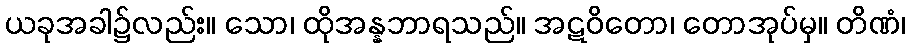
ယခုအခါ၌လည်း။ သော၊ ထိုအန္နဘာရသည်။ အဋဝိတော၊ တောအုပ်မှ။ တိဏံ၊